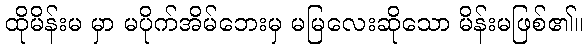
ထိုမိန်းမ မှာ မပိုက်အိမ်ဘေးမှ မမြလေးဆိုသော မိန်းမဖြစ်၏။